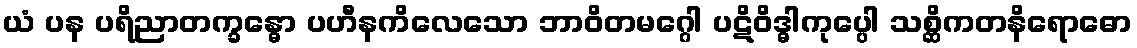
ယံ ပန ပရိညာတက္ခန္ဓော ပဟီနကိလေသော ဘာဝိတမဂ္ဂေါ ပဋိဝိဒ္ဓါကုပ္ပေါ သစ္ဆိကတနိရောဓော